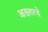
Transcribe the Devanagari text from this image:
अख्तरचे